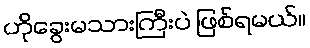
ဟိုခွေးမသားကြီးပဲ ဖြစ်ရမယ်။